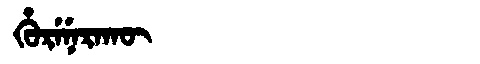
Manchu: ᡥᡠᡵᡝᠨᡝᡵᠠᡴᡡ
Romanization: HURENERAKŪ